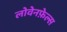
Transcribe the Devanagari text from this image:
लोवेनफ़ेल्स